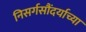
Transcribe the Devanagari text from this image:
निसर्गसौंदर्याच्या